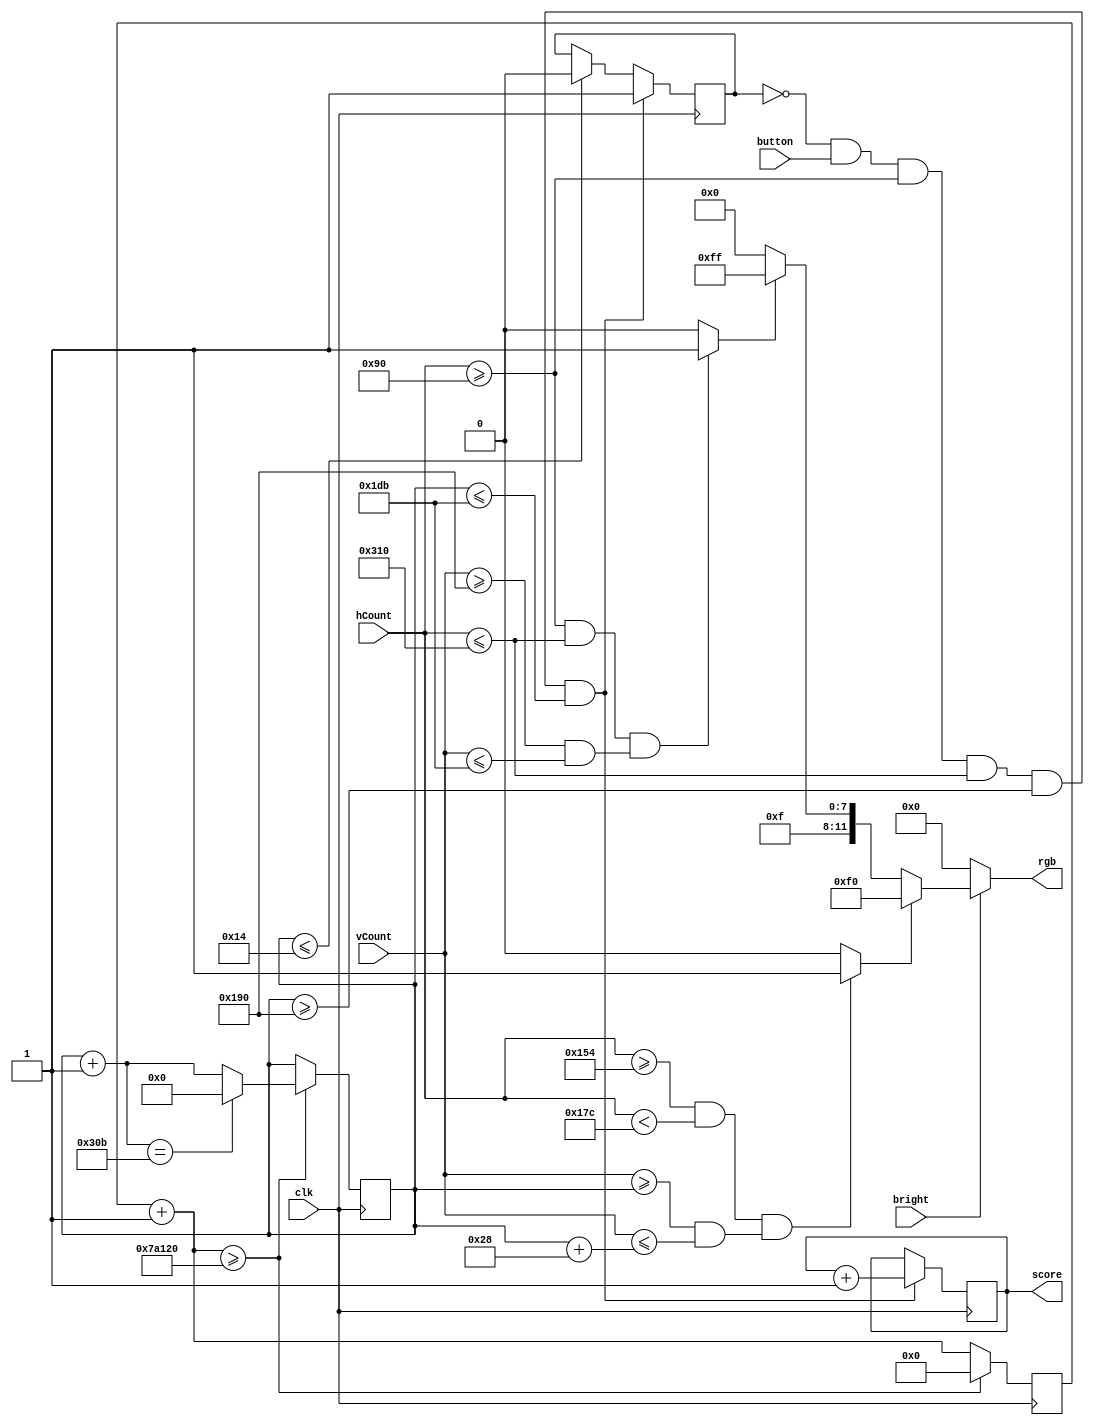
`timescale 1ns / 1ps
//////////////////////////////////////////////////////////////////////////////////
// Company: 
// Engineer: 
// 
// Design Name: 
// Module Name:    vgaBitChange 
// Project Name: 
// Target Devices: 
// Tool versions: 
// Description: 
//
// Dependencies: 
//
// Revision: 
// Revision 0.01 - File Created
// Additional Comments: 
//
// Description: Port from NEXYS3 to NEXYS4
//////////////////////////////////////////////////////////////////////////////////
module vga_bitchange(
	input clk,
	input bright,
	input button,
	input [9:0] hCount, vCount,
	output reg [11:0] rgb,
	output reg [15:0] score
   );
	
	parameter BLACK = 12'b0000_0000_0000;
	parameter WHITE = 12'b1111_1111_1111;
	parameter RED   = 12'b1111_0000_0000;
	parameter GREEN = 12'b0000_1111_0000;
	//parameter BLUE = 12'b0000_0000_1111;

	wire whiteZone;
	wire greenMiddleSquare;
	reg reset;
	reg[9:0] greenMiddleSquareY;
	reg[49:0] greenMiddleSquareSpeed; 

	initial begin
		greenMiddleSquareY = 10'd320;
		score = 15'd0;
		reset = 1'b0;
	end
	
	
	always@ (*) // paint a white box on a red background
    	if (~bright)
		rgb = BLACK; // force black if not bright
	 else if (greenMiddleSquare == 1)
		rgb = GREEN;
	 else if (whiteZone == 1)
		rgb = WHITE; // white box
	 else
		rgb = RED; // background color

	
	always@ (posedge clk)
		begin
		greenMiddleSquareSpeed = greenMiddleSquareSpeed + 50'd1;
		if (greenMiddleSquareSpeed >= 50'd500000) //500 thousand
			begin
			greenMiddleSquareY = greenMiddleSquareY + 10'd1;
			greenMiddleSquareSpeed = 50'd0;
			if (greenMiddleSquareY == 10'd779)
				begin
				greenMiddleSquareY = 10'd0;
				end
			end
		end

	always@ (posedge clk)
		if ((reset == 1'b0) && (button == 1'b1) && (hCount >= 10'd144) && (hCount <= 10'd784) && (greenMiddleSquareY >= 10'd400) && (greenMiddleSquareY <= 10'd475))
			begin
			score = score + 16'd1;
			reset = 1'b1;
			end
		else if (greenMiddleSquareY <= 10'd20)
			begin
			reset = 1'b0;
			end

	assign whiteZone = ((hCount >= 10'd144) && (hCount <= 10'd784)) && ((vCount >= 10'd400) && (vCount <= 10'd475)) ? 1 : 0;

	assign greenMiddleSquare = ((hCount >= 10'd340) && (hCount < 10'd380)) &&
				   ((vCount >= greenMiddleSquareY) && (vCount <= greenMiddleSquareY + 10'd40)) ? 1 : 0;
	
endmodule